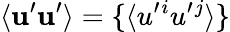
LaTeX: \langle{{\mathbf{u}}^{\prime}{\mathbf{u}}^{\prime}}\rangle=\{ \langle{u^{\prime}{}^{i}u^{\prime}{}^{j}}\rangle\}